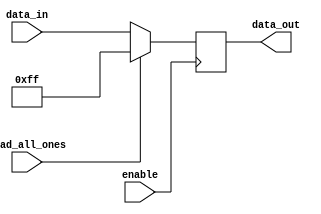
module pipo #(parameter WIDTH=8)
(
  input wire [WIDTH-1:0] data_in,
  input wire enable,
  input wire load_all_ones,
  output reg [WIDTH-1:0] data_out
);

  always @ (posedge enable)
  begin
    if (load_all_ones)
      data_out <= {WIDTH{1'b1}};
    else
      data_out <= data_in;
  end

endmodule